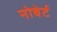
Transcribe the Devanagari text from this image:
नोबेर्ट